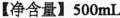
【净含量】500mL